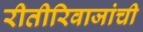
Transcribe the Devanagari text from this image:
रीतीरिवाजांची